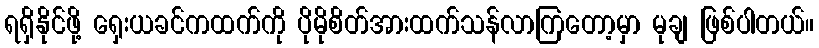
ရရှိနိုင်ဖို့ ရှေးယခင်ကထက်ကို ပိုမိုစိတ်အားထက်သန်လာကြတော့မှာ မုချ ဖြစ်ပါတယ်။